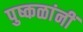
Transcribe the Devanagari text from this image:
पुष्कळांनीं